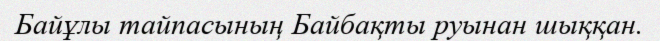
Байұлы тайпасының Байбақты руынан шыққан.